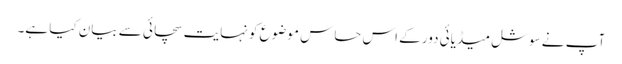
آپ نے سوشل میڈیائی دور کے اس حساس موضوع کو نہایت سچائی سے بیان کیا ہے۔